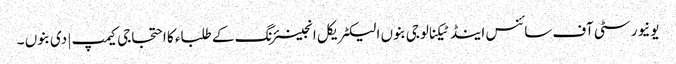
یونیورسٹی آف سائنس اینڈ ٹیکنالوجی بنوں الیکٹریکل انجینئرنگ کے طلباء کا احتجاجی کیمپ | دی بنوں ۔